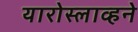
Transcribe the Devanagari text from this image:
यारोस्लाव्हने